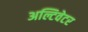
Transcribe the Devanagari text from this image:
अल्टिवेटर